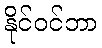
နိုင်ဝင်ဘာ